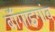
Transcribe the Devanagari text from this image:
बॉँगाइगांव